Report on sanitation, dispensaries, and jails in Rajputana for 1919, and on vaccination for the year 1919-1920 - 1919-1920
Year: 1919
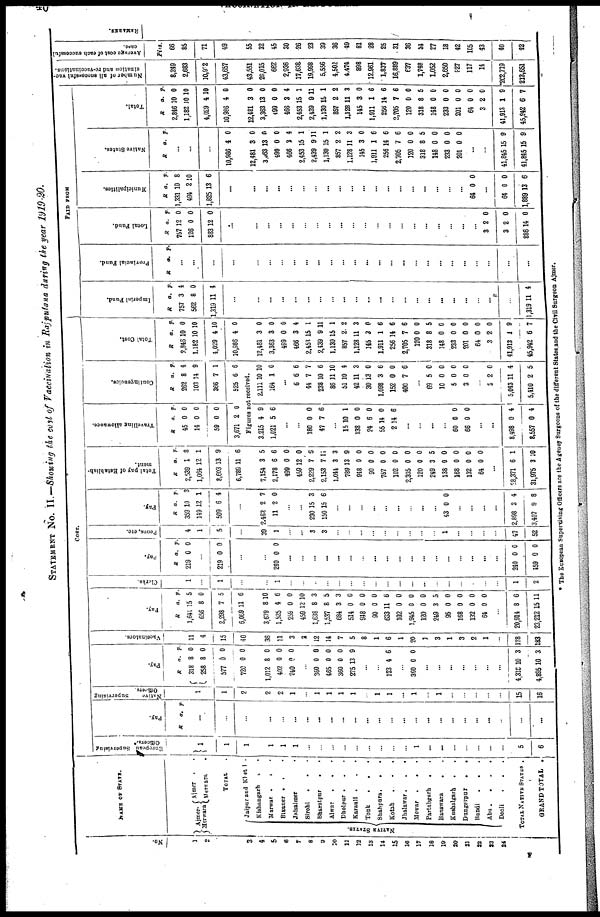
STATEMENT No. II.— Showing the cost of Vaccination in Raiputana during the year 1919-20.
No.
1
2
3
4
5
6
7
8
9
10
11
12
13
14
15
16
17
18
19
20
21
22
23
24
NAME OF STATE.
Ajmer-
Merwara
Aimer . .
Merwara
.
TOTAL .
NATIVE STATES.
Jaipur and Khetri .
Kishangarh
.
.
Marwar . . .
Bikaner . . .
Jaisalmer .
Sirohi . . .
Bharatpur
.
.
Alwar . . .
Dholpur . . .
Karauli
.
.
.
Tonk . . .
Shahpura . . .
Kotah . . .
Jhalawar
.
.
.
Mewar . . .
Partabgarh . .
Banswara . .
Kushalgarh . .
Dungarpur
.
.
Bundi
.
.
.
Abu . . . .
Deoli . . .
TOTAL NATIVE STATES .
GRAND TOTAL
.
COST.
European Supervising
Officers.
1
1
1
1
1
1
...
...
...
...
...
...
...
...
...
1
...
...
...
...
...
...
...
5
6
Pay.
R
a. p.
...
...
...
...
...
...
...
...
...
...
...
...
...
...
...
...
...
...
...
...
...
...
...
...
...
Native
Supervising
Officers.
1
1
2
2
2
1
...
1
1
1
1
...
1
1
...
1
...
1
...
...
...
...
...
15
16
Pay.
R
318
258
577
720
1,012
402
240
a.
8
8
0
0
8
0
0
p.
0
0
0
0
0
0
0
...
360
465
360
275
0
0
0
13
0
0
0
9
...
...
123 4 6
...
360 0 0
...
...
...
...
...
...
...
4,318
4,895
10
10
3
3
Vaccinators.
11
4
15
40
36
11
3
3
12
14
7
5
8
1
6
1
20
1
3
1
3
2
1
...
178
183
Pay.
R
1,641
656
2,298
6,069
3,679
1,525
259
459
1,638
1,537
684
514
948
90
633
102
1,945
120
249
95
168
132
64
a.
15
8
7
11
8
4
0
12
8
8
3
0
0
0
11
0
0
0
3
0
0
0
0
p.
5
0
5
6
10
6
0
10
3
5
3
0
0
0
6
0
0
0
5
0
0
0
0
...
20,914
23,212
8
15
6
11
Clerks.
1
...
1
...
...
1
...
...
...
...
...
...
...
...
...
...
...
...
...
...
...
...
...
...
1
2
Pay.
R
219
a.
0
p.
0
...
219 0 0
...
...
240 0 0
...
...
...
...
...
...
...
...
...
...
...
...
...
...
...
...
...
...
240
459
0
0
0
0
Peons, etc.
4
1
5
...
39
1
...
...
3
3
...
...
...
...
...
...
...
...
...
1
...
...
...
...
47
52
Pay.
R
359
149
509
a.
10
12
6
p.
3
1
4
...
2,462
11
2
2
7
0
...
...
230
150
15
15
3
6
...
...
...
...
...
...
...
...
...
43 0 0
...
...
...
...
2,898
3,407
3
9
4
8
Total pay of Establish-
ment.
R
2,539
1,064
8,603
6,789
7,154
2,178
499
459
2,229
2,153
1,044
789
948
90
757
102
2,305
120
249
138
168
132
64
a.
1
12
13
11
3
6
0
12
7
7
3
13
0
0
0
0
0
0
3
0
0
0
0
p.
8
1
9
6
5
6
0
0
6
11
3
9
0
0
0
0
0
0
5
0
0
0
0
...
28,371
31,975
6
3
1
10
Travelling allowance.
R
45
14
59
3,671
a.
0
0
0
2
p.
0
0
0
0
Contingencies.
R
262
103
366
525
a.
8
14
7
6
p.
4
9
1
6
Figures not received.
3,215
1,021
4
5
9
6
...
...
180
47
0
7
0
6
...
15
138
24
55
2
10
0
6
14
14
1
0
0
0
6
...
...
...
...
60
66
0
0
0
0
...
...
8,498
8,557
0
0
4
4
2,111
164
10
1
10
0
...
6
44
238
86
51
42
30
1,098
152
400
6
7
10
11
10
11
13
3
0
7
6
7
6
10
4
3
0
6
0
6
...
69
10
5
3
5
0
0
0
0
0
0
0
...
3
5,043
5,410
2
11
2
0
4
5
Total Cost.
R
2,846
1,182
4,029
10,986
12,481
3,363
499
466
2,453
2,439
1,130
857
1,128
145
1,911
256
2,705
120
318
148
233
201
64
3
41,913
45,942
a.
10
10
4
4
3
3
0
3
15
9
15
2
11
3
1
14
7
0
8
0
0
0
0
2
1
6
p.
0
10
10
0
0
0
0
4
1
11
1
2
3
0
6
6
6
0
5
0
0
0
0
0
9
7
PAID FROM
Imperial Fund.
R
757
562
1,319
a.
3
8
11
p.
4
0
4
...
...
...
...
...
...
...
...
...
...
...
...
...
...
...
...
...
...
...
...
...
...
1,319 11 4
Provincial Fund.
R
a. p.
...
...
...
...
...
...
...
...
...
...
...
...
...
...
...
...
...
...
...
...
...
...
...
...
...
...
Local Fund.
R
757
126
883
a.
12
0
12
p.
0
0
0
...
...
...
...
...
...
...
...
...
...
...
...
...
...
...
...
...
...
...
...
3
3
886
2
2
14
0
0
0
Municipalities.
R
1,331
494
1,825
a.
10
2
13
p.
8
10
6
...
...
...
...
...
...
...
...
...
...
...
...
...
...
...
...
...
...
...
64 0 0
...
64
1,889
0
13
0
6
Native States.
R
a. p.
...
...
...
10,986
12,481
3,363
499
466
2,453
2,439
1,130
857
1,128
145
1,911
256
2,705
120
318
148
233
201
4
3
13
0
3
15
9
15
2
11
3
1
14
7
0
8
0
0
0
0
0
0
0
4
1
11
1
2
3
0
6
6
6
0
5
0
0
0
...
...
41,845
41,845
15
15
9
9
Total.
R
2,846
1,182
4,029
10,986
12,481
3,363
499
466
2,453
2,439
1,130
857
1,128
145
1,911
256
2,705
120
318
148
233
201
64
3
41,913
45,942
a.
10
10
4
4
3
13
0
3
15
9
15
2
11
3
1
14
7
0
8
0
0
0
0
2
1
6
p.
0
10
10
0
0
0
0
4
1
11
1
2
3
0
6
6
6
0
5
0
0
0
0
0
9
7
Number of all successful vac-
cination and re-vaccinations.
8,249
2,683
10,932
43,657
43,551
26,015
662
2,936
17,638
19,998
5,556
4,502
4,474
898
12,961
1,837
16,889
637
1,748
1,052
2,650
927
117
14
262,719
213,651
Average cost of each successful
case.
Pies.
66
85
71
49
55
32
45
30
26
23
39
36
49
81
28
25
31
36
34
27
18
42
105
43
40
42
REMARKS.
* The European Supervising Officers are the Agency Surgeons of the different States and the Civil Surgeon Ajmer.
F